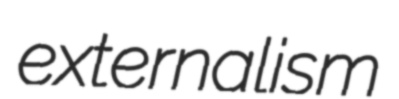
externalism